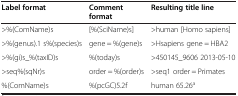
| Label format | Comment format | Resulting title line |
 | --- | --- | --- |
 | >%(ComName)s | [%(SciName)s] | >human [Homo sapiens] |
 | >%(genus).1 s%(species)s | gene = %(gene)s | >Hsapiens gene = HBA2 |
 | >%(gi)s_%(taxID)s | %(today)s | >450145_9606 2013-05-10 |
 | >seq%(sqNr)s | order = %(order)s | >seq1 order = Primates |
 | %(ComName)s | %(pcGC)5.2f | human 65.26a |